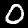
Label: 0